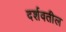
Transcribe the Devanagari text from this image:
दर्शवतील